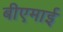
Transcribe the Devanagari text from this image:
बीएमाई